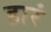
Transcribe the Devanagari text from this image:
हारं